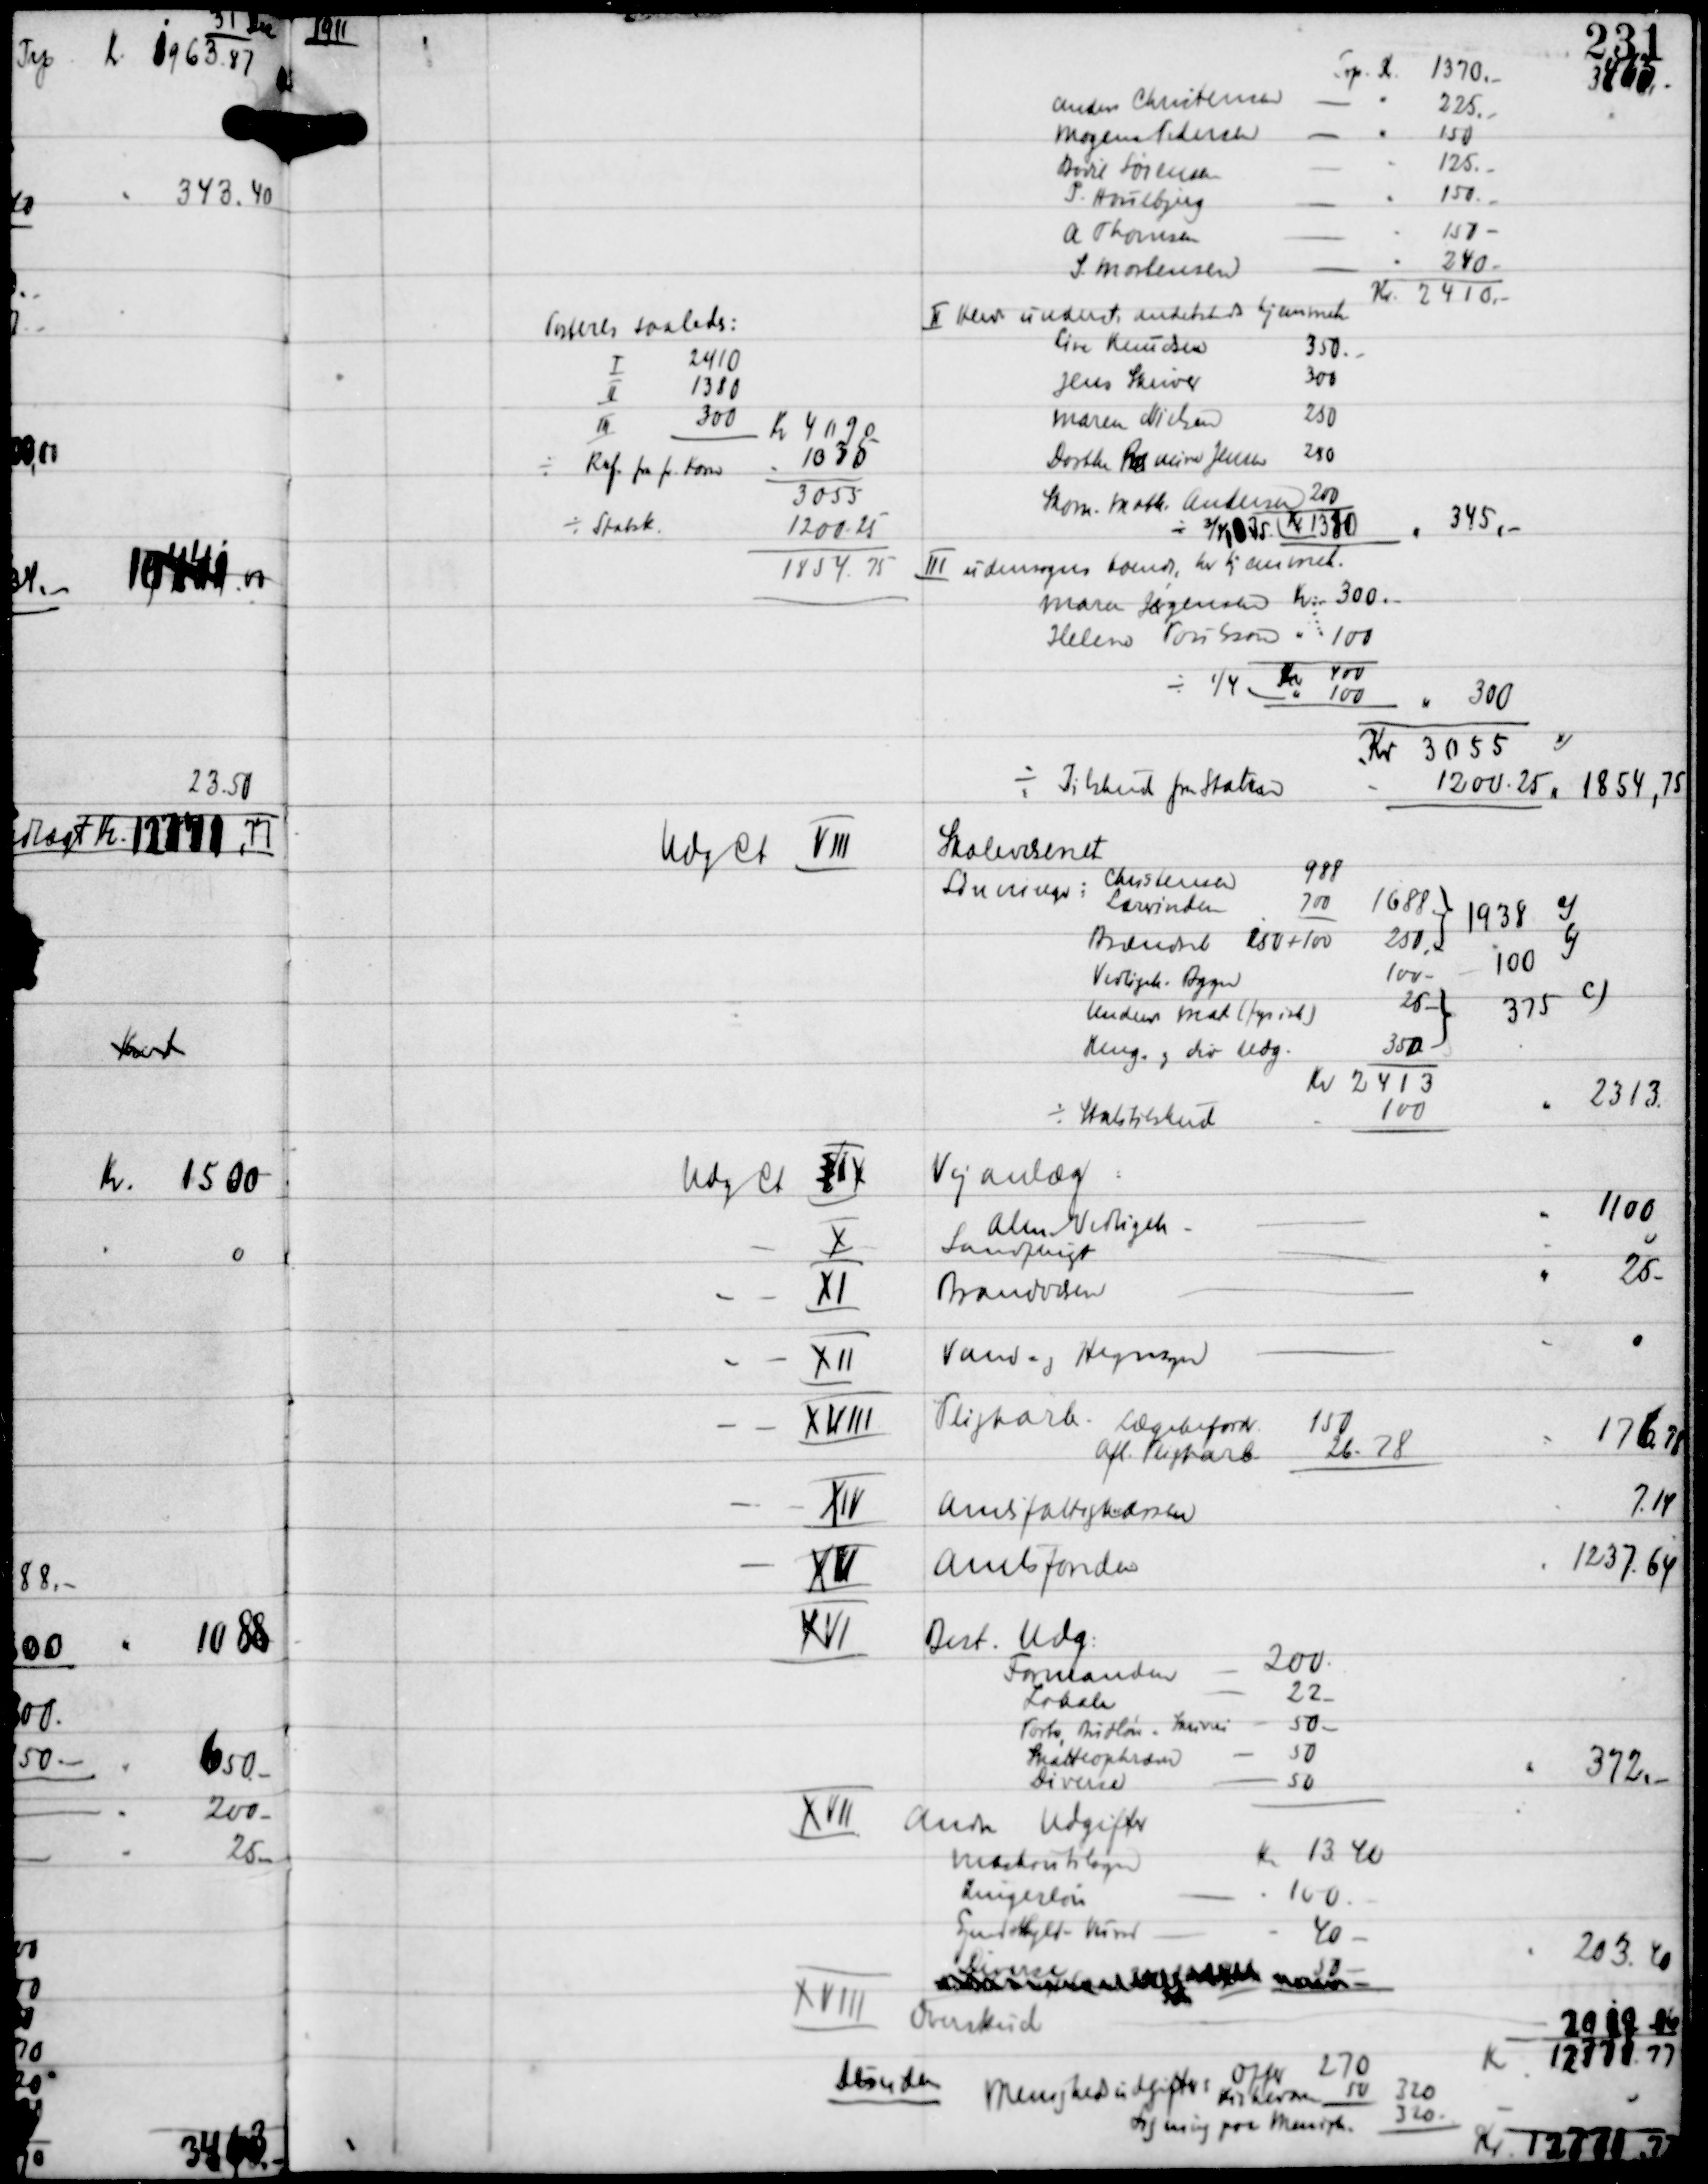
Transskription:
1911

3465

345,-

Udg Ct Ⅷ

ⅩⅧ Overskud
desuden
Menighedsudgifter
Offer
270
Kirkerne 50
320
Ligning på Menigh.
320

2089.86
Kr 12771.77
Kr 12771.77